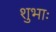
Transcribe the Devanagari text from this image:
शुभाः